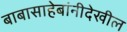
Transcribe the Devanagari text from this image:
बाबासाहेबांनीदेखील